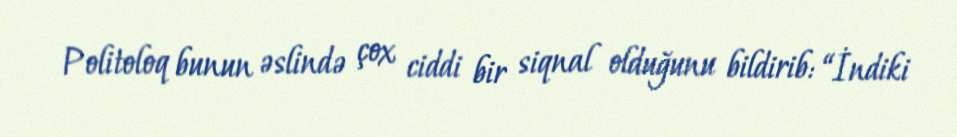
Politoloq bunun əslində çox ciddi bir siqnal olduğunu bildirib: “İndiki